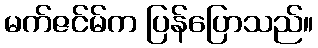
မက်ဇင်မ်က ပြန်ပြောသည်။